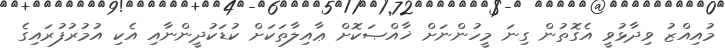
މުއިއްޒު ވިދާޅުވީ އެގޮތުން ގިނަ މީހުންނަށް ޚާއްޞަކޮށް ޢާއިލާތަކަށް ކުޑަކުދީންނާއި އެކި އުމުރުފުރައިގެ